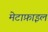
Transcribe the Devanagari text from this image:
मेटाफ़ाइल